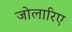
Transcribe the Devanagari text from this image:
जोलारिए